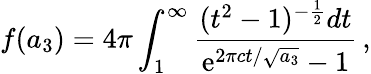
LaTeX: f(a_{3})=4\pi\int_{1}^{\infty}{\frac{(t^{2}-1)^{-\frac{1}{2}}dt}{\mathrm{e}^{2\pi ct/\sqrt{a_{3}}}-1}}\, ,